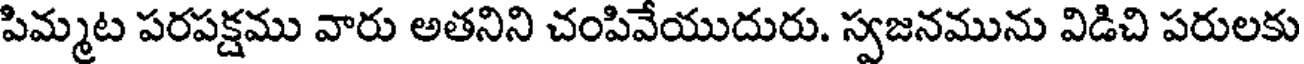
పిమ్మట పరపక్షము వారు అతనిని చంపివేయుదురు. స్వజనమును విడిచి పరులకు